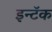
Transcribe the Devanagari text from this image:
इन्टॅक